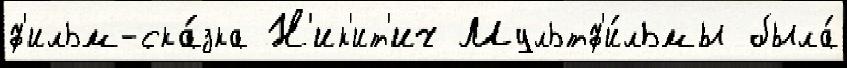
ф'ильм-ска́зка Н'ик'ит'ич Мультф'и́льмы была́